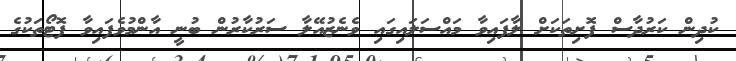
ކުދިން ކަރުދާސް ފޮށިތަކަށް ލާފައިވާ މައްސަލައިގައި ވެނެޒުއޭލާ ސަރުކާރުން ބުނީ އާންމުވެފައިވާ ފޮޓޯތަކުގެ